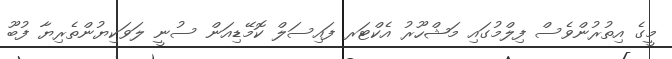
މީގެ އިތުރުންވެސް ފިލްމުގައި މަޝްހޫރު އެކްޓަރ ފައިސަލް ކޮމޭޑިއަން ސުނީ ލަވަކިޔުންތެރިޔާ ފުބޫ